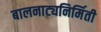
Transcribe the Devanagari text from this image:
बालनाट्यनिर्मिती